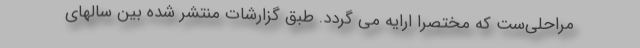
مراحلی‌ست که مختصراً ارایه می گردد. طبق گزارشات منتشر شده بین سالهای